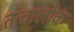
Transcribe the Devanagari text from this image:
तत्वालोक